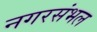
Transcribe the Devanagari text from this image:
नगरसंभल